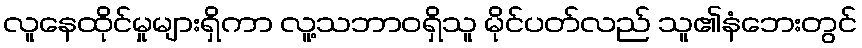
လူနေထိုင်မှုများရှိကာ လူ့သဘာဝရှိသူ မိုင်ပတ်လည် သူ၏နံဘေးတွင်